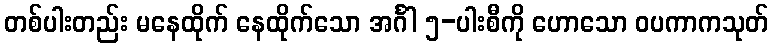
တစ်ပါးတည်း မနေထိုက် နေထိုက်သော အင်္ဂါ ၅-ပါးစီကို ဟောသော ဝပကာကသုတ်